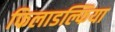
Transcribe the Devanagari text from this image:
फिलाडल्फिया